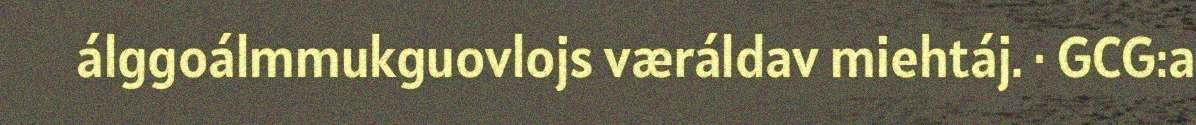
álggoálmmukguovlojs væráldav miehtáj. · GCG:a